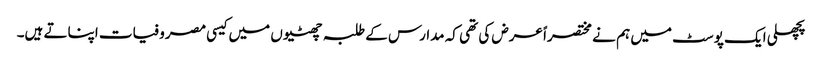
پچھلی ایک پوسٹ میں ہم نے مختصراً عرض کی تھی کہ مدارس کے طلبہ چھٹیوں میں کیسی مصروفیات اپناتے ہیں۔